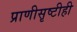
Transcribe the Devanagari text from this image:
प्राणीसृष्टीही